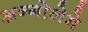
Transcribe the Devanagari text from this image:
अन्गोलेमे